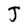
Character: J